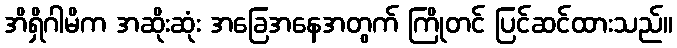
အိရှိဂါမိက အဆိုးဆုံး အခြေအနေအတွက် ကြိုတင် ပြင်ဆင်ထားသည်။